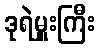
ဒုရဲမှူးကြီး